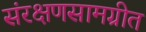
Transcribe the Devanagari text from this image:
संरक्षणसामग्रीत